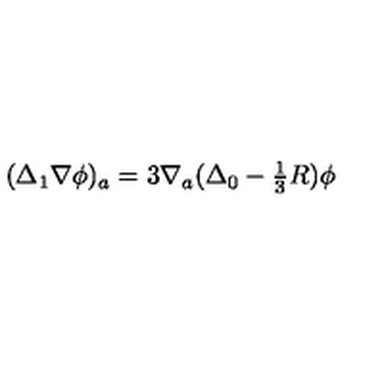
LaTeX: ( \Delta _ { 1 } \nabla \phi ) _ { a } = 3 \nabla _ { a } ( \Delta _ { 0 } - { \textstyle \frac { 1 } { 3 } } R ) \phi